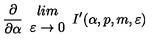
\frac { \partial } { \partial \alpha } \begin{array} { c } { l i m } \\ { \varepsilon \rightarrow 0 } \\ \end{array} I ^ { \prime } ( \alpha , p , m , \varepsilon )